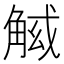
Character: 𧣱